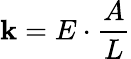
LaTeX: \mathbf{k}=E\cdot{\frac{{A}}{{L}}}